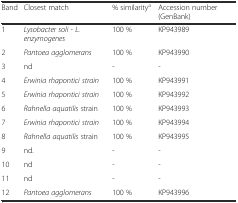
<table><thead><tr><td><b>Band</b></td><td><b>Closest match</b></td><td><b>% similarity<sup>a</sup></b></td><td><b>Accession number (GenBank)</b></td></tr></thead><tbody><tr><td>1</td><td><i>Lysobacter soli - L. enzymogenes</i></td><td>100 %</td><td>KP943989</td></tr><tr><td>2</td><td><i>Pantoea agglomerans</i></td><td>100 %</td><td>KP943990</td></tr><tr><td>3</td><td>nd</td><td>-</td><td>-</td></tr><tr><td>4</td><td><i>Erwinia rhapontici strain</i></td><td>100 %</td><td>KP943991</td></tr><tr><td>5</td><td><i>Erwinia rhapontici strain</i></td><td>100 %</td><td>KP943992</td></tr><tr><td>6</td><td><i>Rahnella aquatilis</i> strain</td><td>100 %</td><td>KP943993</td></tr><tr><td>7</td><td><i>Erwinia rhapontici strain</i></td><td>100 %</td><td>KP943994</td></tr><tr><td>8</td><td><i>Rahnella aquatilis</i> strain</td><td>100 %</td><td>KP943995</td></tr><tr><td>9</td><td>nd.</td><td>-</td><td>-</td></tr><tr><td>10</td><td>nd</td><td>-</td><td>-</td></tr><tr><td>11</td><td>nd</td><td>-</td><td>-</td></tr><tr><td>12</td><td><i>Pantoea agglomerans</i></td><td>100 %</td><td>KP943996</td></tr></tbody></table>